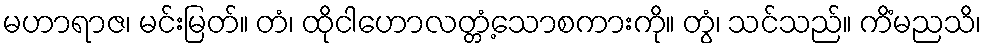
မဟာရာဇ၊ မင်းမြတ်။ တံ၊ ထိုငါဟောလတ္တံ့သောစကားကို။ တွံ၊ သင်သည်။ ကိံမညသိ၊